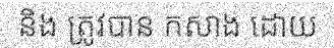
និង ត្រូវបាន កសាង ដោយ